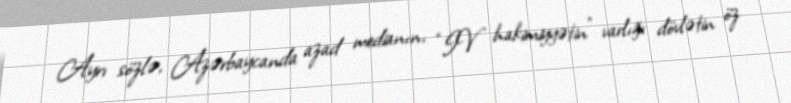
Ayrı sözlə, Azərbaycanda azad medianın, “IV hakimiyyətin” varlığı dövlətin öz